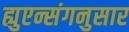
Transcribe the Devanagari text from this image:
ह्युएन्संगनुसार